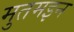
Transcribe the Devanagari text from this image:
मुतमइन